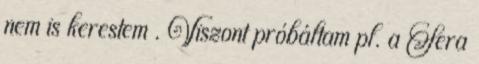
nem is kerestem . Viszont próbáltam pl. a Sera